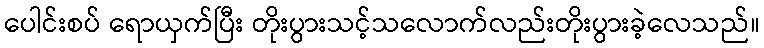
ပေါင်းစပ် ရောယှက်ပြီး တိုးပွားသင့်သလောက်လည်းတိုးပွားခဲ့လေသည်။